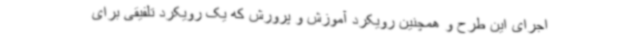
اجرای این طرح و همچنین رویکرد آموزش و پرورش که یک رویکرد تلفیقی برای